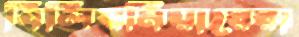
বিলিয়নিয়ারেরা